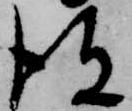
彼